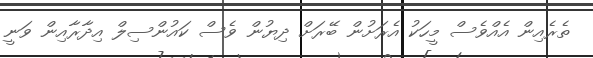
ތެރެއިން އެއްވެސް މީހަކު އެރަށުން ބޭރަށް ދިޔުން ވެސް ކައުންސިލް އިދާރާއިން ވަނީ